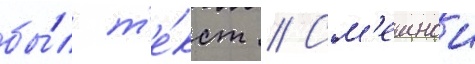
бы́л т'е́кст // См'ешнои